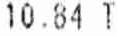
10.84 T